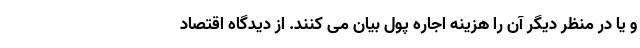
و یا در منظر دیگر آن را هزینه اجاره پول بیان می کنند. از دیدگاه اقتصاد